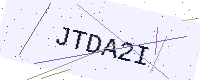
Text: JTDA2I